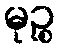
မုဉ္စ